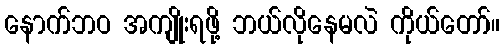
နောက်ဘဝ အကျိုးရဖို့ ဘယ်လိုနေမလဲ ကိုယ်တော်။